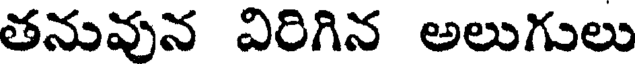
తనువున విరిగిన అలుగులు